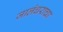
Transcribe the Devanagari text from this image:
जालंधराचा